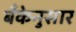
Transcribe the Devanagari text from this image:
बँकेनुसार